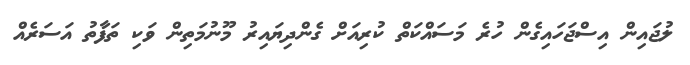
ލުޖައިން އިސްޖަހައިގެން ހުރެ މަސައްކަތް ކުރިއަށް ގެންދިޔައިރު މޫނުމަތިން ވަކި ތަފާތު އަސަރެއް